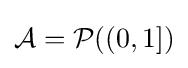
{\mathcal {A}}={\mathcal {P}}((0,1])